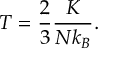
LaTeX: \displaystyle T = { \frac { 2 } { 3 } } { \frac { K } { N k _ { B } } } .